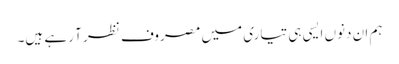
ہم ان دنوں ایسی ہی تیاری میں مصروف نظر آ رہے ہیں۔